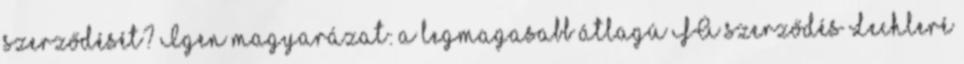
szerződését? Igen magyarázat: a legmagasabb átlagú FA szerződés Lechleré